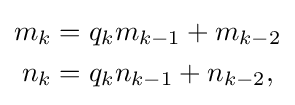
{\begin{aligned}m_{k}&=q_{k}m_{k-1}+m_{k-2}\\n_{k}&=q_{k}n_{k-1}+n_{k-2},\end{aligned}}